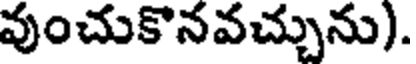
వుంచుకొనవచ్చును).